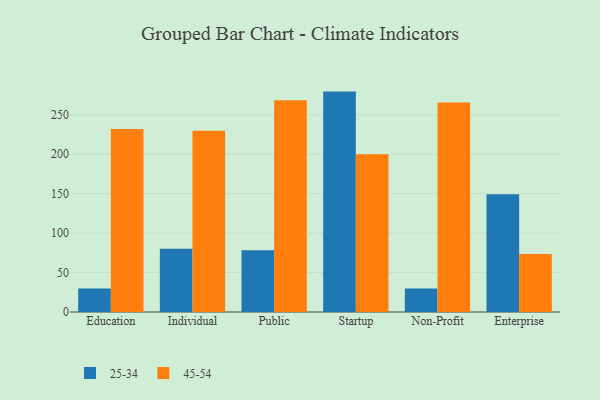
{"axis": {"x": "Segment", "y": "Energy Usage (MWh)"}, "legend": ["25-34", "45-54"], "data": [{"x": "Education", "y": 29.7, "type": "25-34"}, {"x": "Education", "y": 232.0, "type": "45-54"}, {"x": "Individual", "y": 80.2, "type": "25-34"}, {"x": "Individual", "y": 229.9, "type": "45-54"}, {"x": "Public", "y": 78.4, "type": "25-34"}, {"x": "Public", "y": 268.4, "type": "45-54"}, {"x": "Startup", "y": 279.5, "type": "25-34"}, {"x": "Startup", "y": 200.2, "type": "45-54"}, {"x": "Non-Profit", "y": 29.7, "type": "25-34"}, {"x": "Non-Profit", "y": 265.8, "type": "45-54"}, {"x": "Enterprise", "y": 149.2, "type": "25-34"}, {"x": "Enterprise", "y": 73.5, "type": "45-54"}]}